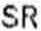
SR